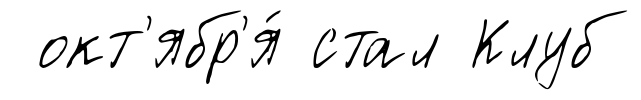
окт'ябр'я́ стал Клуб